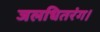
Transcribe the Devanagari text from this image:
जलधितरंग।